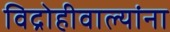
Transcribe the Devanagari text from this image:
विद्रोहीवाल्यांना